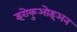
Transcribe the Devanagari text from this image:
इरोकुओइअन